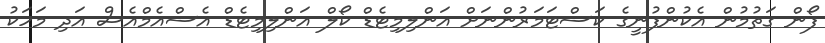
ފޯން ގަތުމުން އެކުންފުނީގެ ކަސްޓަމަރުންނަށް އަންލިމިޓެޑް ކޯލް އަންލިމިޓެޑް އެސްއެމްއެސް އަދި މަހަކު